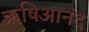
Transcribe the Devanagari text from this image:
ऋषिआनंद